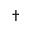
^ \dagger